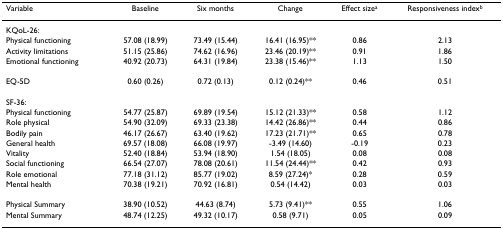
<table><thead><tr><td><b>Variable</b></td><td><b>Baseline</b></td><td><b>Six months</b></td><td><b>Change</b></td><td><b>Effect size<sup>a</sup></b></td><td><b>Responsiveness index<sup>b</sup></b></td></tr></thead><tbody><tr><td>KQoL-26:</td><td></td><td></td><td></td><td></td><td></td></tr><tr><td>Physical functioning</td><td>57.08 (18.99)</td><td>73.49 (15.44)</td><td>16.41 (16.95)**</td><td>0.86</td><td>2.13</td></tr><tr><td>Activity limitations</td><td>51.15 (25.86)</td><td>74.62 (16.96)</td><td>23.46 (20.19)**</td><td>0.91</td><td>1.86</td></tr><tr><td>Emotional functioning</td><td>40.92 (20.73)</td><td>64.31 (19.84)</td><td>23.38 (15.46)**</td><td>1.13</td><td>1.50</td></tr><tr><td>EQ-5D</td><td>0.60 (0.26)</td><td>0.72 (0.13)</td><td>0.12 (0.24)**</td><td>0.46</td><td>0.51</td></tr><tr><td>SF-36:</td><td></td><td></td><td></td><td></td><td></td></tr><tr><td>Physical functioning</td><td>54.77 (25.87)</td><td>69.89 (19.54)</td><td>15.12 (21.33)**</td><td>0.58</td><td>1.12</td></tr><tr><td>Role physical</td><td>54.90 (32.09)</td><td>69.33 (23.38)</td><td>14.42 (26.86)**</td><td>0.44</td><td>0.86</td></tr><tr><td>Bodily pain</td><td>46.17 (26.67)</td><td>63.40 (19.62)</td><td>17.23 (21.71)**</td><td>0.65</td><td>0.78</td></tr><tr><td>General health</td><td>69.57 (18.08)</td><td>66.08 (19.97)</td><td>-3.49 (14.60)</td><td>-0.19</td><td>0.23</td></tr><tr><td>Vitality</td><td>52.40 (18.84)</td><td>53.94 (18.90)</td><td>1.54 (18.05)</td><td>0.08</td><td>0.08</td></tr><tr><td>Social functioning</td><td>66.54 (27.07)</td><td>78.08 (20.61)</td><td>11.54 (24.44)**</td><td>0.42</td><td>0.93</td></tr><tr><td>Role emotional</td><td>77.18 (31.12)</td><td>85.77 (19.02)</td><td>8.59 (27.24)*</td><td>0.28</td><td>0.59</td></tr><tr><td>Mental health</td><td>70.38 (19.21)</td><td>70.92 (16.81)</td><td>0.54 (14.42)</td><td>0.03</td><td>0.03</td></tr><tr><td>Physical Summary</td><td>38.90 (10.52)</td><td>44.63 (8.74)</td><td>5.73 (9.41)**</td><td>0.55</td><td>1.06</td></tr><tr><td>Mental Summary</td><td>48.74 (12.25)</td><td>49.32 (10.17)</td><td>0.58 (9.71)</td><td>0.05</td><td>0.09</td></tr></tbody></table>